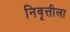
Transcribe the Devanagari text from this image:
निवृत्तीला